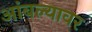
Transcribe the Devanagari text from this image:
आंबल्यावर